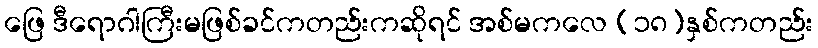
ဖြေ ဒီရောဂါကြီးမဖြစ်ခင်ကတည်းကဆိုရင် အစ်မကလေ (၁၈)နှစ်ကတည်း